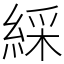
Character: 綵